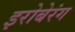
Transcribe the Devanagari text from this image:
इरोबेरंग